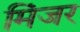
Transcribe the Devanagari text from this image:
मिंजर